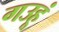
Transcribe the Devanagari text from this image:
गउहूं